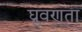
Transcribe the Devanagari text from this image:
घ्रुवणता